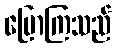
ပြောကြသည်